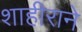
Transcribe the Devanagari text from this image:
शाहीराने